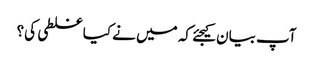
آپ بیان کیجئے کہ میں نے کیا غلطی کی؟